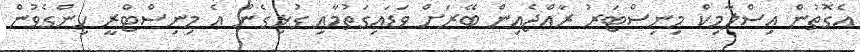
އެގޮތުން އިސްލާމިކް މިނިސްޓަރު ރާއްޖެއިން ބޭރަށް ވަޑައިގަތުމާއި ގުޅިގެން އެ މިނިސްޓްރީ ހިންގެވުން